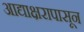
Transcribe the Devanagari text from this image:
आद्याक्षरापासून